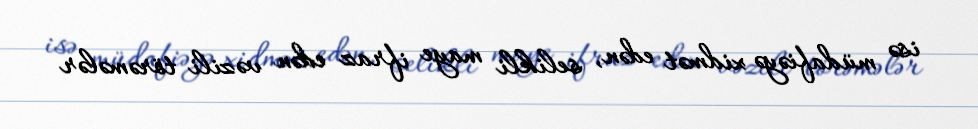
isə müdafiəyə xidmət edən, selikli maye ifraz edən vəzili törəmələr